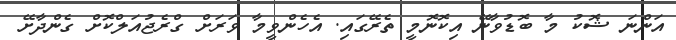
އަންނަ ޝޮކު މާ ބޮޑުވާނޭ އިކޮނޮމީ ތެރޭގައި. އެހެންވީމާ ވަރަށް ގްރެޖުއަލްކޮށް ގެންދާށޭ